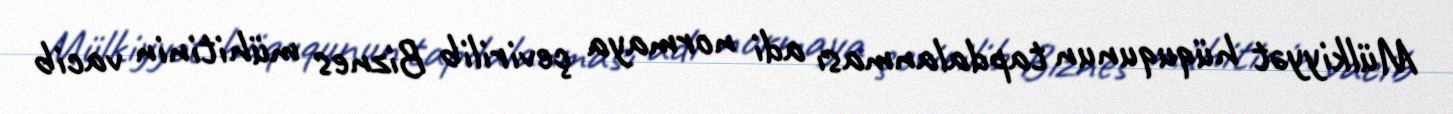
Mülkiyyət hüququnun tapdalanması adi normaya çevirilib Biznes mühitinin vacib